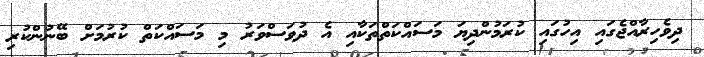
ދިވެހިރާއްޖެގައި އިހުގައި ކުރަމުންދިޔަ މަސައްކަތްތަކާއި އެ ދުވަސްވަރު މި މަސައްކަތް ކުރުމަށް ބޭނުންކުރި